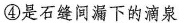
④是石缝间漏下的滴泉